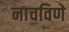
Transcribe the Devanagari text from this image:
नाचविणे